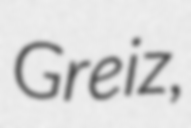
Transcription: Greiz,